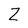
Character: Z